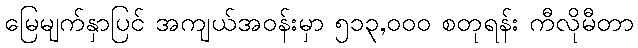
မြေမျက်နှာပြင် အကျယ်အဝန်းမှာ ၅၁၃,၀၀၀ စတုရန်း ကီလိုမီတာ